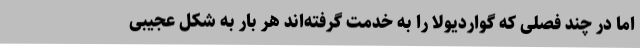
اما در چند فصلی که گواردیولا را به خدمت گرفته‌اند هر بار به شکل عجیبی